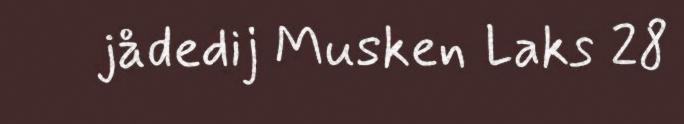
jådedij Musken Laks 28